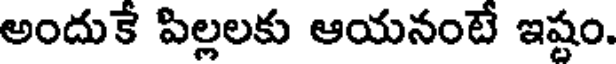
అందుకే పిల్లలకు ఆయనంటే ఇష్టం.